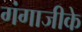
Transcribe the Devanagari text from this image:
गंगाजीके